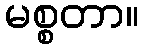
မစ္စတာ။